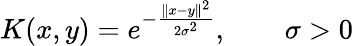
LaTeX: K(x,y)=e^{-{\frac{\| x-y\| ^{2}}{2\sigma^{2}}}},\qquad\sigma>0